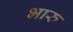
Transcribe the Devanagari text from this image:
भारु